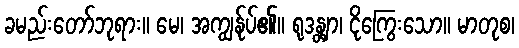
ခမည်းတော်ဘုရား။ မေ၊ အကျွန်ုပ်၏။ ရုဒန္တျာ၊ ငိုကြွေးသော။ မာတုစ၊